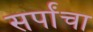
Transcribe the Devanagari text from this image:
सर्पांचा